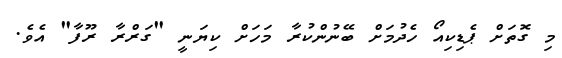
މި ގޮތަށް ޕެޑިކިއޯ ހެދުމަށް ބޭނުންކުރާ މަހަށް ކިޔަނީ "ގަރްރާ ރޫފާ" އެވެ.